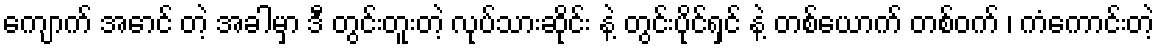
ကျောက် အောင် တဲ့ အခါမှာ ဒီ တွင်းတူးတဲ့ လုပ်သားဆိုင်း နဲ့ တွင်းပိုင်ရှင် နဲ့ တစ်ယောက် တစ်ဝက် ၊ ကံကောင်းတဲ့